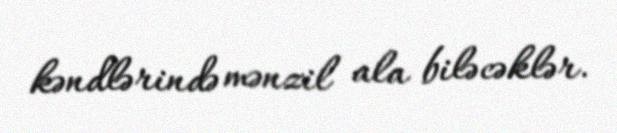
kəndlərində mənzil ala biləcəklər.